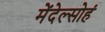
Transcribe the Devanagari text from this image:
मेंदेल्सोहं